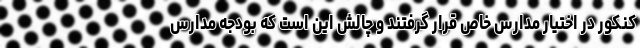
کنکور در اختیار مدارس خاص قرار گرفتند و چالش این است که بودجه مدارس